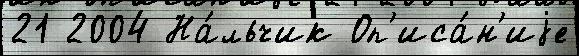
21 2004 На́льчик Оп'иса́н'иjе